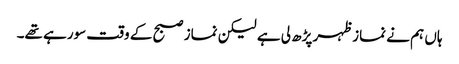
ہاں ہم نے نماز ظہر پڑھ لی ہے لیکن نماز صبح کے وقت سورہے تھے۔